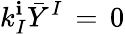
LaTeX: k_{I}^{\mathbf{i}}{\bar{{Y}}}^{I}\, =\, 0